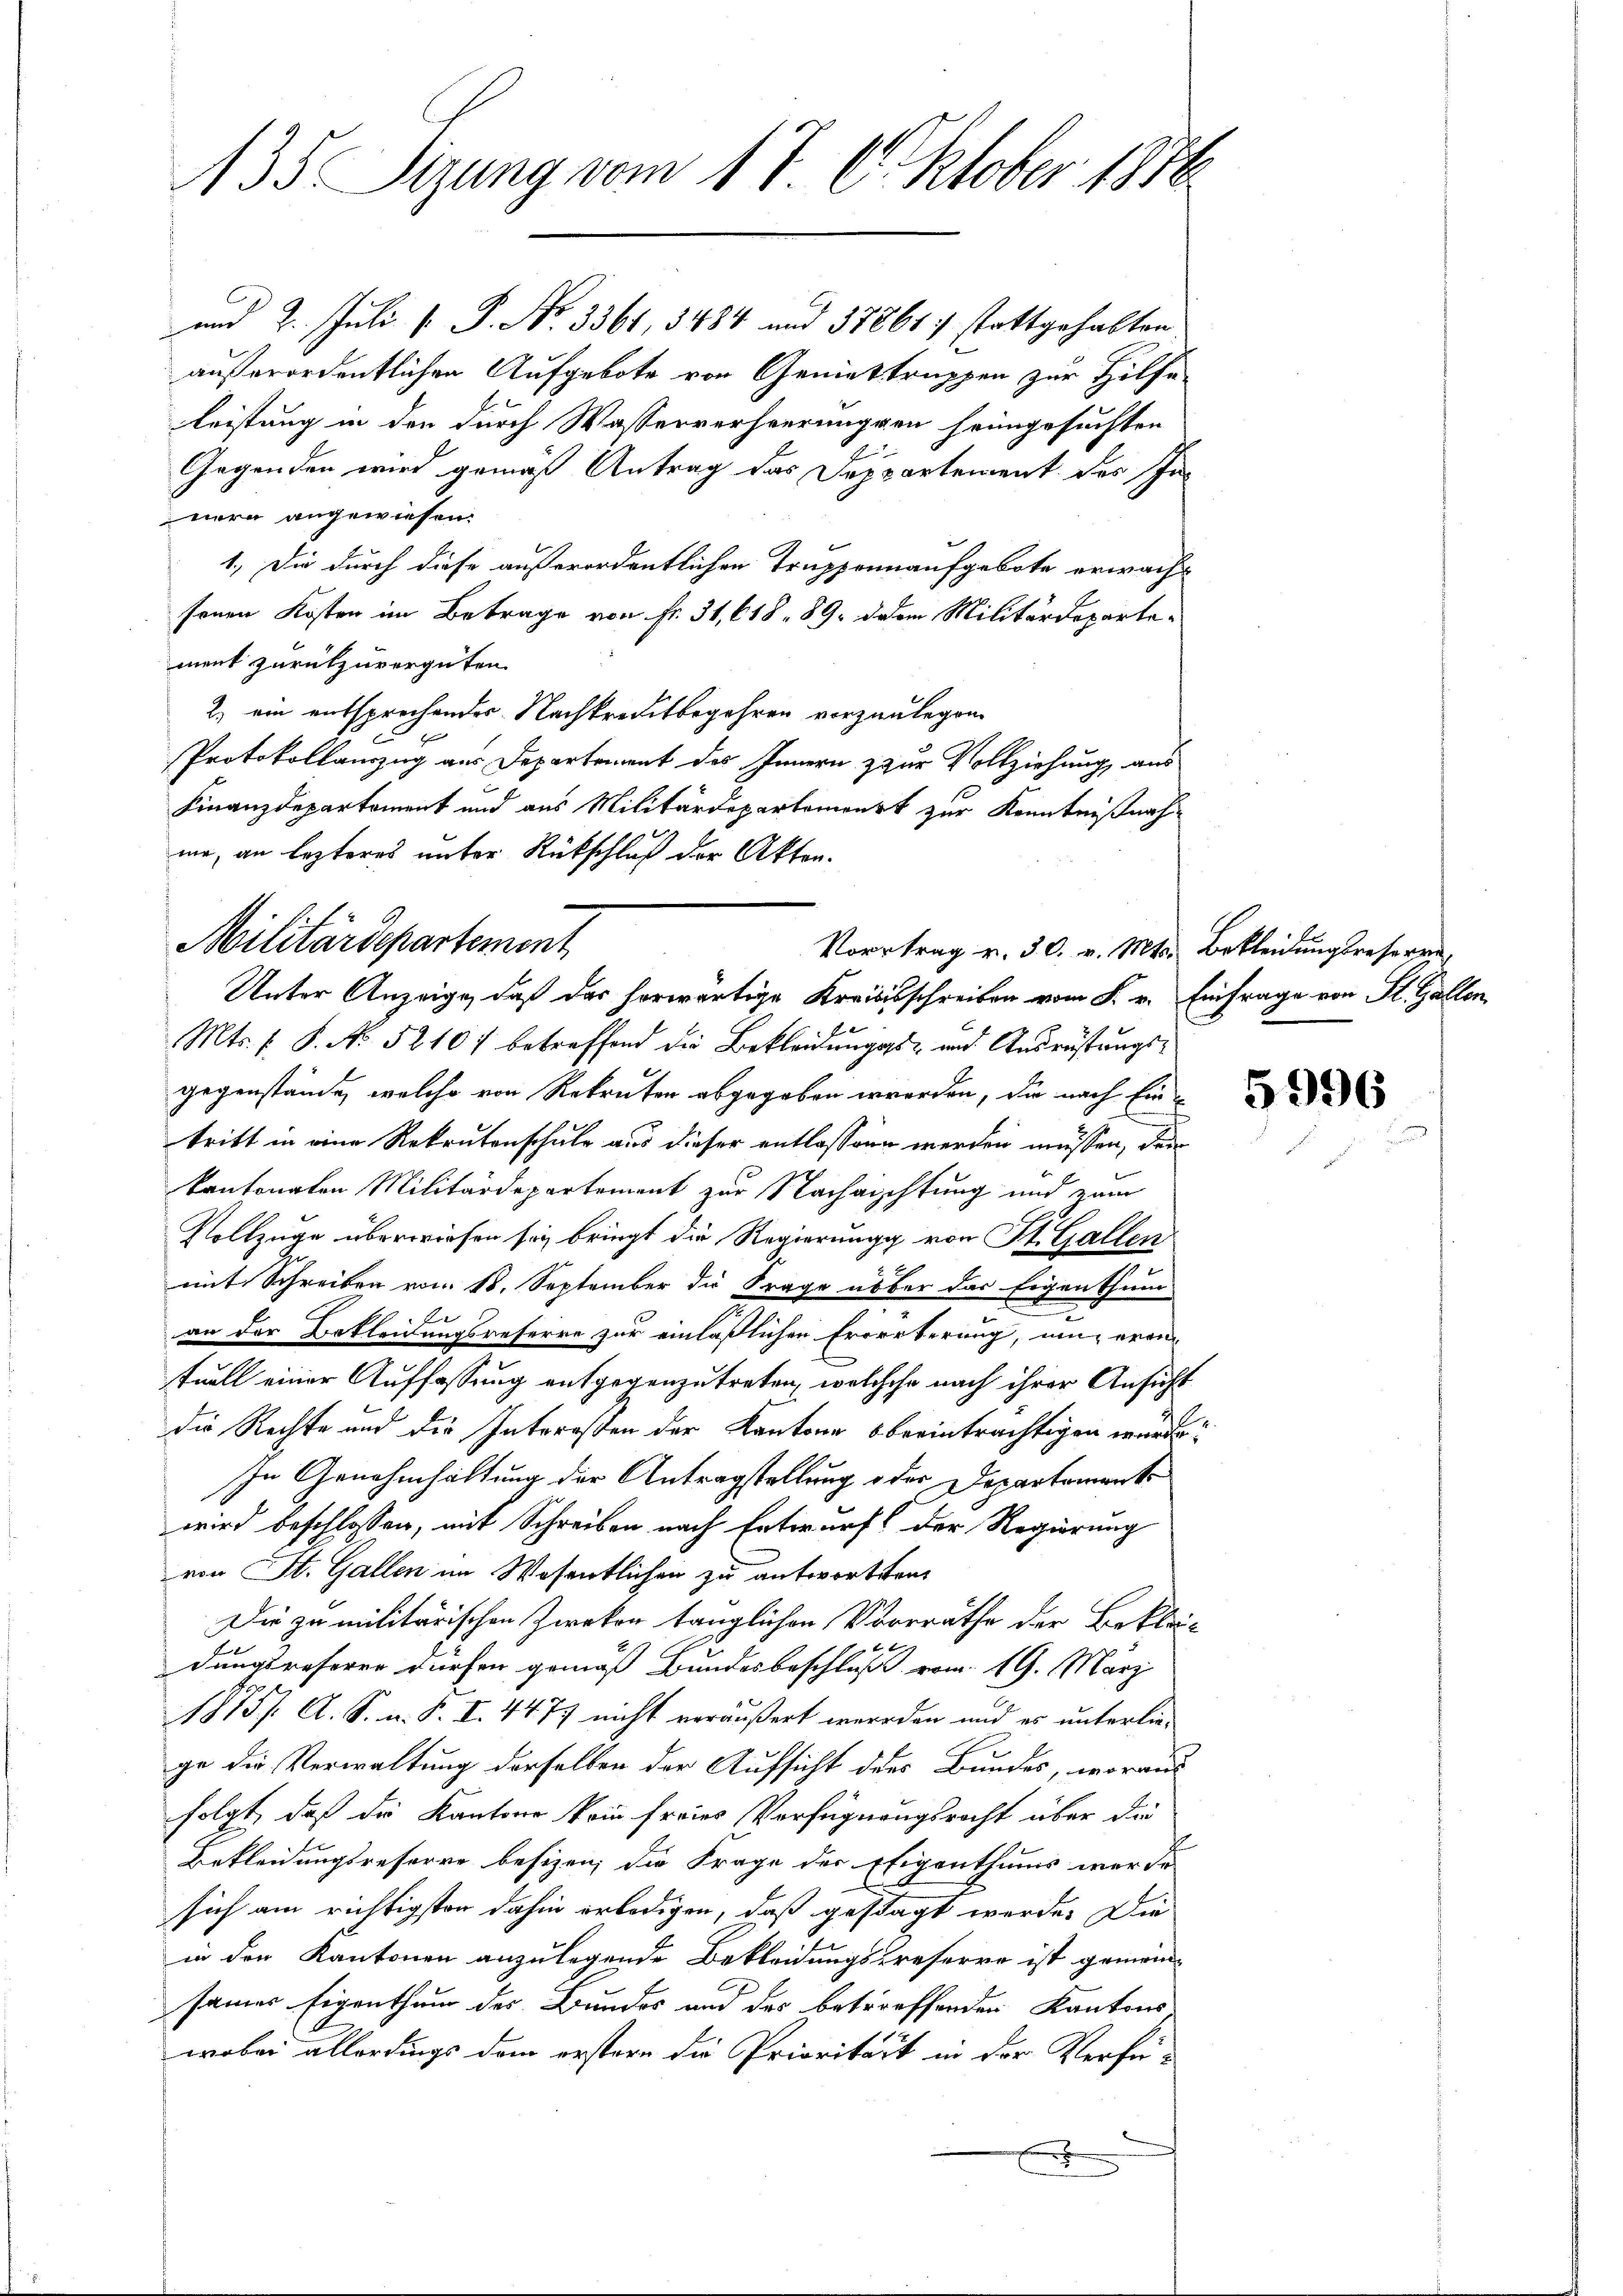
135 Sizung vom 17. Oktober 1876

und 2. Juli [ P. Nr. 3361, 3484 und 378617 stattgehabten
außerordentlichen Aufgebote von Geniestruppen zur Hilfe
leistung in den durch Wasserverheerunggen heimgesuchten
Gegenden wird gemäß Antrag das Deppartement des In
nern angewiesen.
1.) Die durch diese außerordentlichen Truppennaufgebote erwachsenen Kosten im Betrage von Fr. 31, 618. 89. dem Militärdepartement zurückzuvergüten.
2) ein entsprechender Nachkreditbegehren vorzulegen.
Protokollauszug aus Departement des Innern & zur Vollziehung aus
Finanzdepartement und aus Militärdepartemonst zur Kenntnißnahme, an lezteres unter Rückschluß der Akten.

Militärdepartement
Vortrag v. 30. v. Mts. Bekleidungsreserre

Unter Anzeige, daß das herwärtige Kreisisschreiben vom 8. v. Einfrage von St. Gallen
Mts. f. P. No. 5210 f betreffend die Bekleidungs- und Ausrüstungsgegenstände, welche von Rekruten abgegeben werden, die nach Eintritt in eine Rekrutenschule aus dieser entlassenen werden müssen, der
kantonalen Militärdepartement zur Nachrichtung und zum
Vollzüge überwiesen sey, bringt die Regierung von St. Gallen
mit Schreiben vom 18. September die Frage über das Eigenthum
2
an der Bekleidungsreferre zur einläßlichen Erörterung, um erantuell einer Auffassung entgegenzutreten, welchehe nach ihrer Ansicht
die Rechte und die Intereßen der Kantone obeeinträchtigen würde?
In Genehmhaltung der Antragstellung oder Departemento
wird beschlossen, mit Schreiben nach Entwurf der Regierung
von St. Gallen im Wesentlichen zu antworten.
Die zu militärischen Zweken tänglichen Vorräthe der Beklag¬
1.
dungsreferer dürfen gemäß Bundesbeschluß vom 19. März
1875 f. A. S. u. S. I. 4477 nicht veräußert werden und es unterliege die Verwaltung derselben der Aufsicht des Bundes, woraus
folgt, daß die Kantone kein freies Verfügungsrecht über die
Bekleidungsreforre besizen, die Frage der Eigenthums werde
sich am richtigsten dahin erledigen, daß gestagt werde. Die
in den Kantonen anzulegende Bekleidungspreserre ist gemein
samer Eigenthum des Bundes und des betreffenden Kantons,
wobei allerdings dem erstern die Priorität in der Verfü-
E

5996